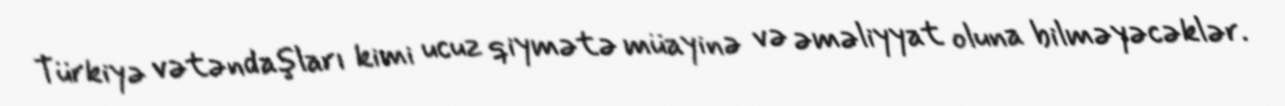
Türkiyə vətəndaşları kimi ucuz qiymətə müayinə və əməliyyat oluna bilməyəcəklər.